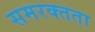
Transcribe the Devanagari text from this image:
समरक्तता